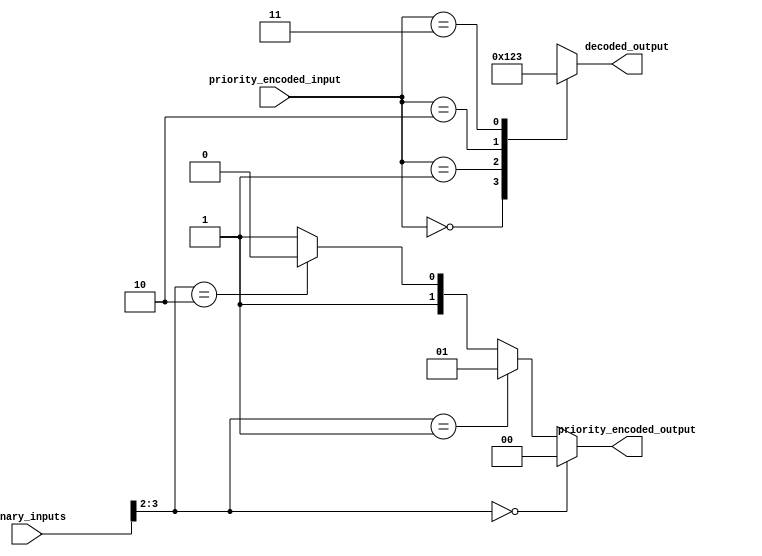
module priority_encoder_decoder(
    input [3:0] binary_inputs,
    output [1:0] priority_encoded_output,
    input [1:0] priority_encoded_input,
    output [3:0] decoded_output
);

// Priority encoder portion
assign priority_encoded_output = {binary_inputs[3:2] == 0 ? 2'b00 :
                                  binary_inputs[3:2] == 1 ? 2'b01 :
                                  binary_inputs[3:2] == 2 ? 2'b10 :
                                                           2'b11};

// Decoder portion
always @(*) begin
    case(priority_encoded_input)
        2'b00: decoded_output = 4'b0000;
        2'b01: decoded_output = 4'b0001;
        2'b10: decoded_output = 4'b0010;
        2'b11: decoded_output = 4'b0011;
    endcase
end

endmodule